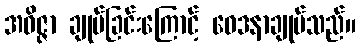
အဝိဇ္ဇာ ချုပ်ခြင်းကြောင့် ဝေဒနာချုပ်သည်။